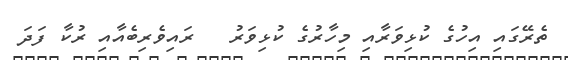
ތެރޭގައި އިހުގެ ކުޅިވަރާއި މިހާރުގެ ކުޅިވަރު   ރައިވެރިބެއާއި ރުކާ ފަދަ